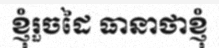
ខ្ញុំរួចដៃ ធានាថាខ្ញុំ